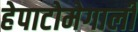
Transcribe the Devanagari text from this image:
हेपाटोमेगाली